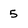
Character: 5